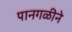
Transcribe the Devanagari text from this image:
पानगळीने